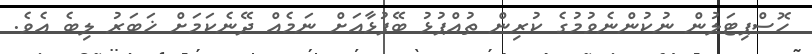
ހޮސްޕިޓަލުން ނުކުންނެވުމުގެ ކުރިން ތުއްޕުޅު ބޭފުޅާއަށް ނަމެއް ދޭނެކަމަށް ޚަބަރު ލިބެ އެވެ.